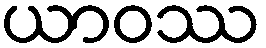
ယာဝဿ